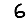
Digit: 6